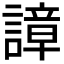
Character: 𧫱